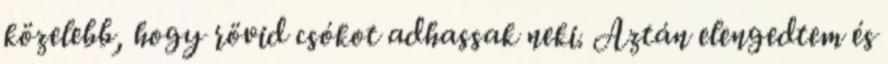
közelebb, hogy rövid csókot adhassak neki. Aztán elengedtem és